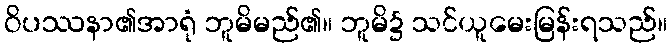
ဝိပဿနာ၏အာရုံ ဘူမိမည်၏။ ဘူမိ၌ သင်ယူမေးမြန်းရသည်။